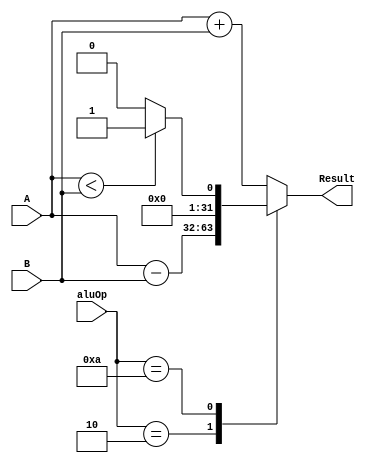
module arithmetic( A,  B, aluOp, Result);
input [31:0] A,B;
input [3:0] aluOp;
output reg [31:0] Result;
//Case para cada caso del ALU
always @(*)
    begin
        case(aluOp)
 	// Add
        4'b0000:
           Result = A + B ; 
 	// Sub	
        4'b0010:
           Result = A - B ;
	//Slt
        4'b1010:
           Result = (A<B)?32'd1:32'd0;
          default: Result = A + B ; 
        endcase
    end
endmodule